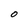
Character: O